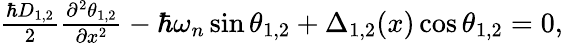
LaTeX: \begin{array}{r}{\frac{\hbar D_{1,2}}{2}\frac{\partial^{2}\theta_{1,2}}{\partial x^{2}}-\hbar\omega_{n}\sin\theta_{1,2}+\Delta_{1,2}(x)\cos\theta_{1,2}=0,}\end{array}